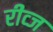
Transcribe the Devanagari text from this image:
रीव्ज